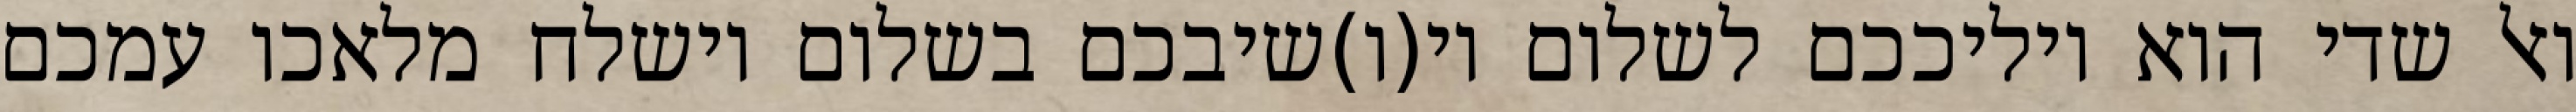
ואל שדי הוא יוליככם לשלום וי(ו)שיבכם בשלום וישלח מלאכו עמכם